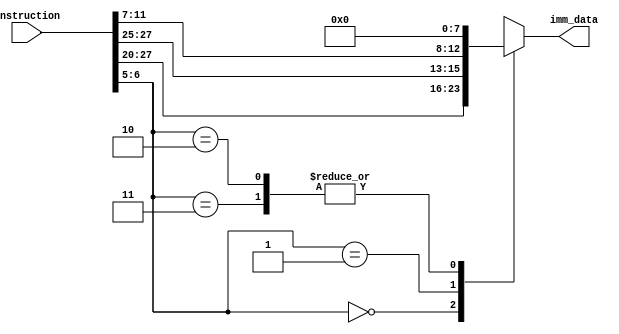
`timescale 1ns / 1ps

module imm_data(
    input [31:0] instruction,
    output reg [7:0] imm_data
);

  always @(*)
    begin
      case (instruction[6:5])
        2'b00: // I-type/Load
          begin
            imm_data = instruction[27:20]; 
          end
        2'b01: // S-type
          begin
            imm_data = {instruction[27:25], instruction[11:7]}; // Combining the two parts of the S-type immediate
          end
        2'b10, 2'b11: // These are not be used, so we set it to default
          begin
            imm_data = 8'b0; // Default case to handle unused values
          end
        default:
          begin
            imm_data = 8'b0; 
          end
      endcase
    end  

endmodule